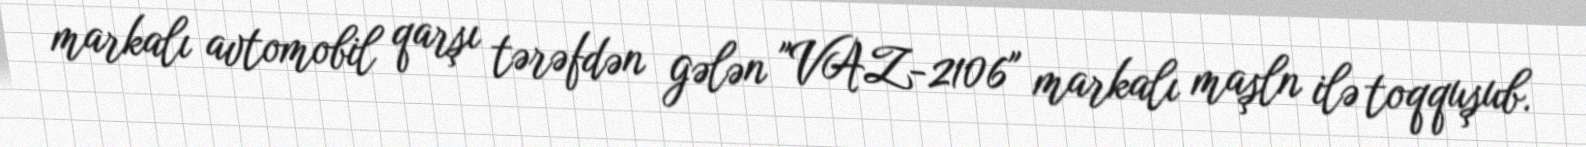
markalı avtomobil qarşı tərəfdən gələn "VAZ-2106" markalı maşln ilə toqquşub.